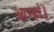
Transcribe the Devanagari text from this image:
आम्हां।